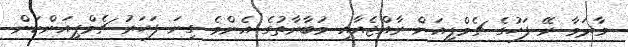
މާދަމާ ރޭ ފަހުގެ ޗެމްޕިއަން ރާއްޖެއާއި މުބާރާތުގެ އެންމެ ގިނަ ފަހަރު ޗެމްޕިއަންކަން